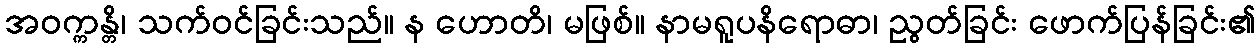
အဝက္ကန္တိ၊ သက်ဝင်ခြင်းသည်။ န ဟောတိ၊ မဖြစ်။ နာမရူပနိရောဓာ၊ ညွတ်ခြင်း ဖောက်ပြန်ခြင်း၏